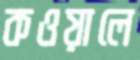
কওয়ালে